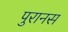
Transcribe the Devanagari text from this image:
पुरानस